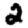
Digit: 2